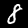
Digit: 8